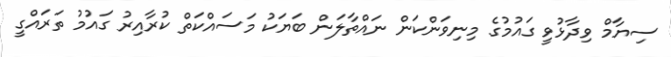
ސިޔާމް ވިދާޅުވީ ގައުމުގެ މިނިވަންކަން ނައްތާލަން ބަޔަކު މަސައްކަތް ކުރާއިރު ގައުމު ތަރައްގީ